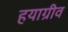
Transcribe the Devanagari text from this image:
हयाग्रीव